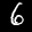
Label: 6